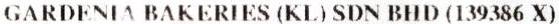
GARDENIA BAKERIES (KL) SDN BHD (139386 X)